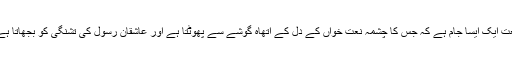
نعت ایک ایسا جام ہے کہ جس کا چشمہ نعت خواں کے دل کے اتھاہ گوشے سے پھوٹتا ہے اور عاشقان رسولؐ کی تشنگی کو بجھاتا ہے۔